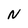
Character: N